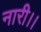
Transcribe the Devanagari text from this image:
नारी।।